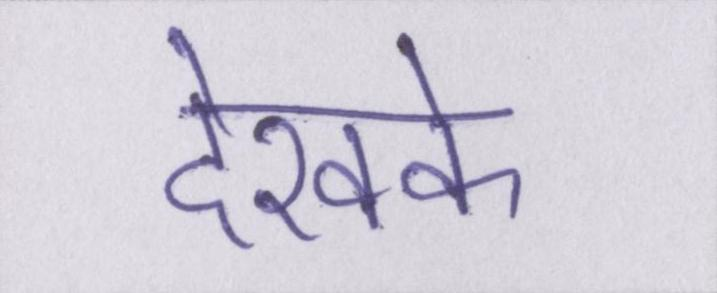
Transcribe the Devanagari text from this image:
देखके